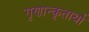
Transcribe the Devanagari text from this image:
गृणान्कृतार्थो